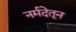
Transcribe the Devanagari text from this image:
नर्मदेतून